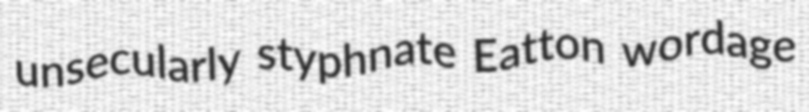
unsecularly styphnate Eatton wordage